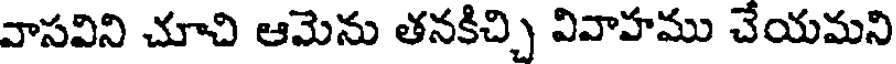
వాసవిని చూచి ఆమెను తనకిచ్చి వివాహము చేయమని